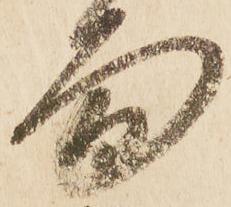
面